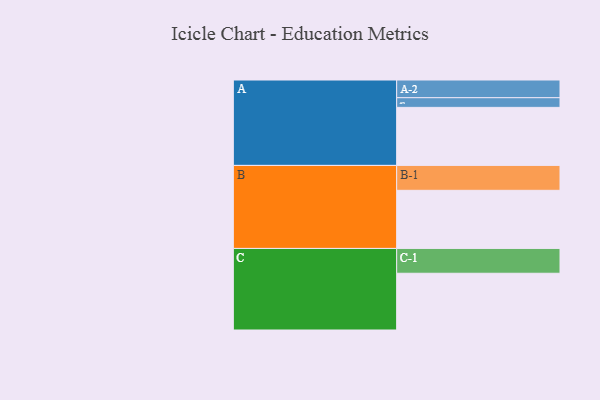
{"axis": {"x": "Segment", "y": "Value"}, "legend": ["", "A", "B", "C"], "data": [{"x": "A", "y": 587, "type": ""}, {"x": "B", "y": 588, "type": ""}, {"x": "C", "y": 574, "type": ""}, {"x": "A-1", "y": 98, "type": "A"}, {"x": "A-2", "y": 179, "type": "A"}, {"x": "B-1", "y": 252, "type": "B"}, {"x": "C-1", "y": 251, "type": "C"}]}